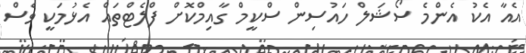
އެއާ އެކު އެންމެ ސޯޝަލް ހައުސިން ސްކީމް ގާއިމްކޮށް ފްލެޓްތައް އެޅުމަކީ ވެސް